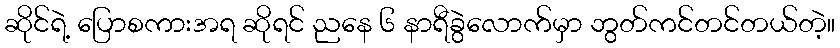
ဆိုင်ရဲ့ ပြောစကားအရ ဆိုရင် ညနေ ၆ နာရီခွဲလောက်မှာ ဘွတ်ကင်တင်တယ်တဲ့။